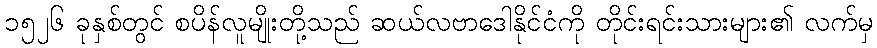
၁၅၂၆ ခုနှစ်တွင် စပိန်လူမျိုးတို့သည် ဆယ်လဗာဒေါနိုင်ငံကို တိုင်းရင်းသားများ၏ လက်မှ